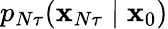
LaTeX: p_{N\tau}(\mathbf{x}_{N\tau}\mid\mathbf{x}_{0})